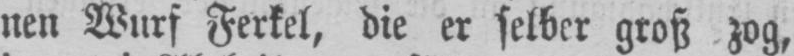
nen Wurf Ferkel, die er selber groß zog,